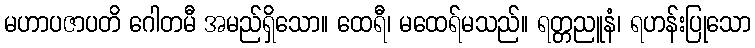
မဟာပဇာပတိ ဂေါတမီ အမည်ရှိသော။ ထေရီ၊ မထေရ်မသည်။ ရတ္တညူနံ၊ ရဟန်းပြုသော